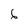
Character: 6